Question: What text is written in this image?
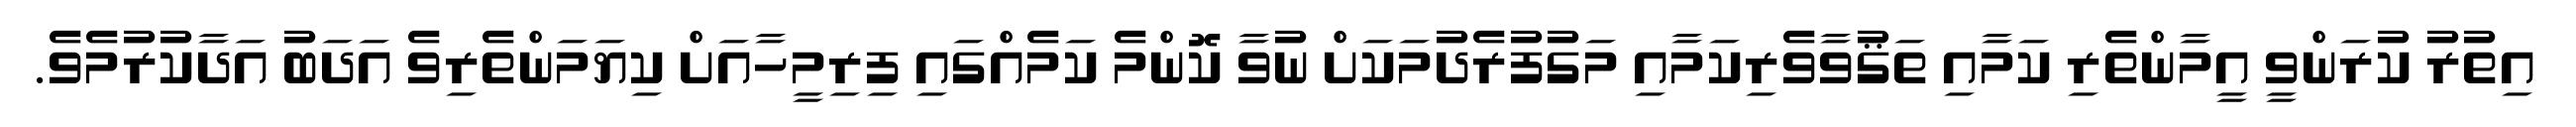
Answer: އިތުރު ކުރަންވީ އީމާންތެރި ކަމާއި ތަޤުވާވެރިކަމާއި މަގުފުރެދުމަކަށް ނުވާ ކޮންމެ ކަމެއްގައި ފިރިމީހާއަށް ކިޔަމަންތެރިވެ އަދަބު އަދާކުރުމެވެ.